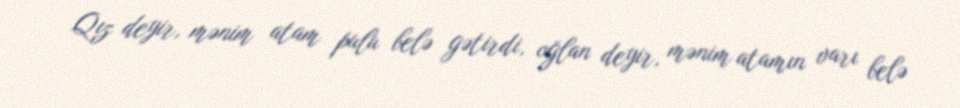
Qız deyir, mənim atam pulu belə gətirdi, oğlan deyir, mənim atamın varı belə